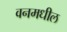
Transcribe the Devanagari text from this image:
वनमधील